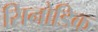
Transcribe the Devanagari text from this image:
सिनोडिक